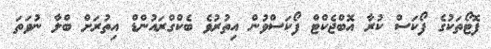
ފޮޓޯތަކުގެ ފޯކަސް ކުރާ އޮބްޖެކްޓް ފޯކަސްވުން އިތުރުވެ ބެކްގްރައުންޑް އިތުރަށް ބްލާ ނުވަތަ